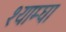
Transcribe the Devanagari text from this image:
श्याम्घा